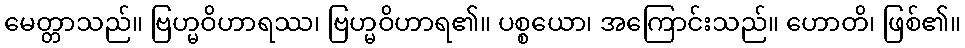
မေတ္တာသည်။ ဗြဟ္မဝိဟာရဿ၊ ဗြဟ္မဝိဟာရ၏။ ပစ္စယော၊ အကြောင်းသည်။ ဟောတိ၊ ဖြစ်၏။